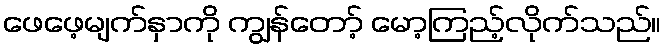
ဖေဖေ့မျက်နှာကို ကျွန်တော့် မော့ကြည့်လိုက်သည်။